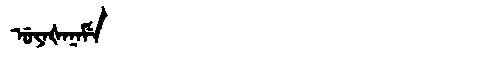
Manchu: ᡠᠶᠠᡧᠠᠨᠠᠮᡝ
Romanization: UYAŠANAME